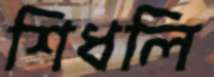
শিধলি